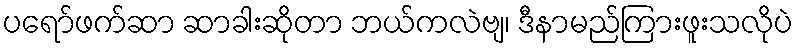
ပရော်ဖက်ဆာ ဆာခါးဆိုတာ ဘယ်ကလဲဗျ၊ ဒီနာမည်ကြားဖူးသလိုပဲ